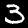
Label: 3